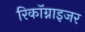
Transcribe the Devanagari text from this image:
रिकॉग्नाइजर